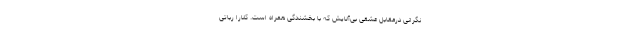
نگرانی درمقابل عشقی بی‌آلایش که با بخشندگی همراه است. کلارا رباتی